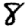
Digit: 8